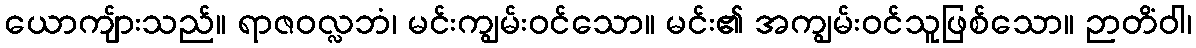
ယောကျ်ားသည်။ ရာဇဝလ္လဘံ၊ မင်းကျွမ်းဝင်သော။ မင်း၏ အကျွမ်းဝင်သူဖြစ်သော။ ဉာတိံဝါ၊